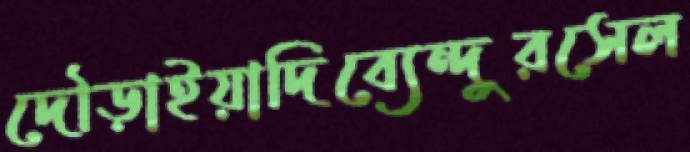
দৌড়াইয়াদিব্যেন্দুরসেল